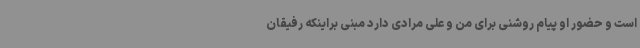
است و حضور او پیام روشنی برای من و علی مرادی دارد مبنی براینکه رفیقان